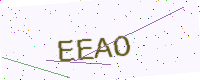
Text: EEAO